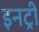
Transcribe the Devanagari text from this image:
इनट्री